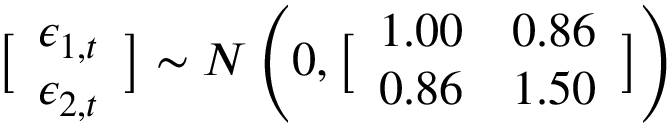
\displaystyle \bigl [ \begin{array} { l } { \epsilon _ { 1 , t } } \\ { \epsilon _ { 2 , t } } \end{array} \bigr ] \sim N \left( 0 , \bigl [ \begin{array} { l l } { 1 . 0 0 } & { 0 . 8 6 } \\ { 0 . 8 6 } & { 1 . 5 0 } \end{array} \bigr ] \right)